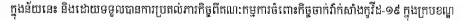
ក្នុងន័យនេះ និងដោយទទួលបានការប្រគល់ភារកិច្ចពីគណៈកម្មការចំពោះកិច្ចចាក់វ៉ាក់សាំងកូវីដ-១៩ ក្នុងក្របខណ្ឌ